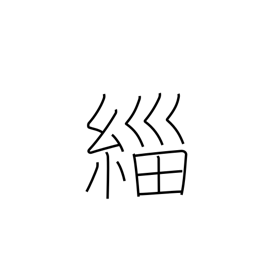
Meaning: black clothing